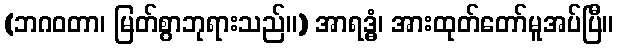
(ဘဂဝတာ၊ မြတ်စွာဘုရားသည်။) အာရဒ္ဓံ၊ အားထုတ်တော်မူအပ်ပြီ။